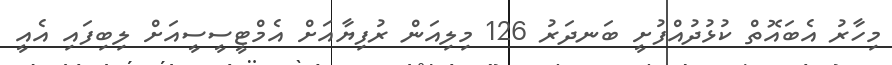
މިހާރު އެބައޮތް ކުޅުދުއްފުށީ ބަނދަރު 126 މިލިއަން ރުފިޔާއަށް އެމްޓީސީސީއަށް ލިބިފައި އެއީ